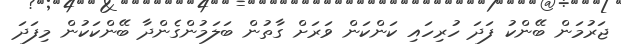
ޖަރުމަން ބޭންކު ފަދަ ހުރިހައި ކަންކަން ވަރަށް ގާތުން ބަލަމުންގެންދާ ބޭންކަކުން މިފަދަ